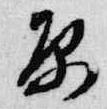
原